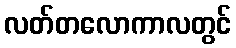
လတ်တလောကာလတွင်